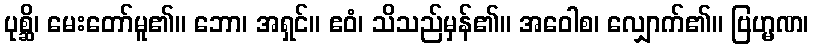
ပုစ္ဆိ၊ မေးတော်မူ၏။ ဘော၊ အရှင်။ ဧဝံ၊ သိသည်မှန်၏။ အဝေါစ၊ လျှောက်၏။ ဗြဟ္မဏ၊